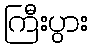
ကြီးပွား